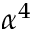
\alpha ^ { 4 }